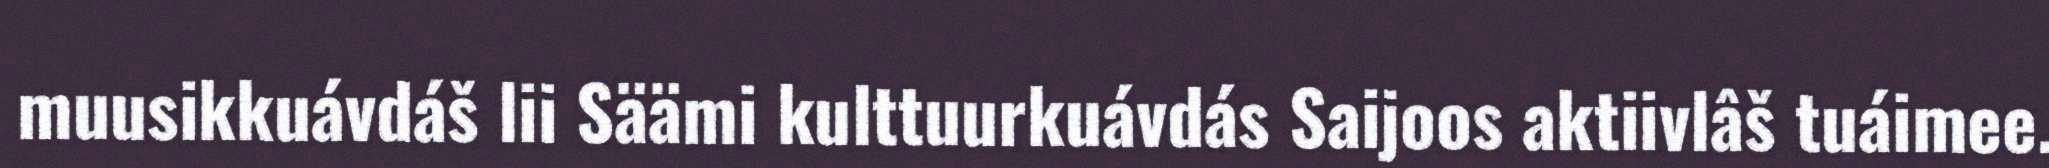
muusikkuávdáš lii Säämi kulttuurkuávdás Saijoos aktiivlâš tuáimee.